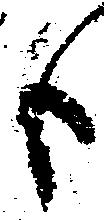
も